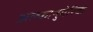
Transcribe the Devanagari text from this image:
अल्फानुमेरिक